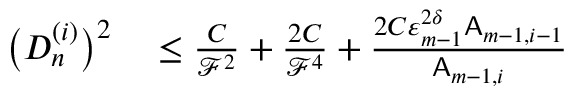
\begin{array} { r l } { \bigl ( D _ { n } ^ { ( i ) } \bigr ) ^ { 2 } } & { { } \leq \frac { C } { \mathcal { F } ^ { 2 } } + \frac { 2 C } { \mathcal { F } ^ { 4 } } + \frac { 2 C \varepsilon _ { m - 1 } ^ { 2 \delta } \mathsf { A } _ { m - 1 , i - 1 } } { \mathsf { A } _ { m - 1 , i } } } \end{array}